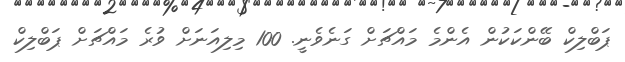
ޕަބްލިކް ބޭންކަކުން އެންމެ މައްޗަށް ގަނެވެނީ. 100 މިލިއަނަށް ވުރެ މައްޗަށް ޕަބްލިކް